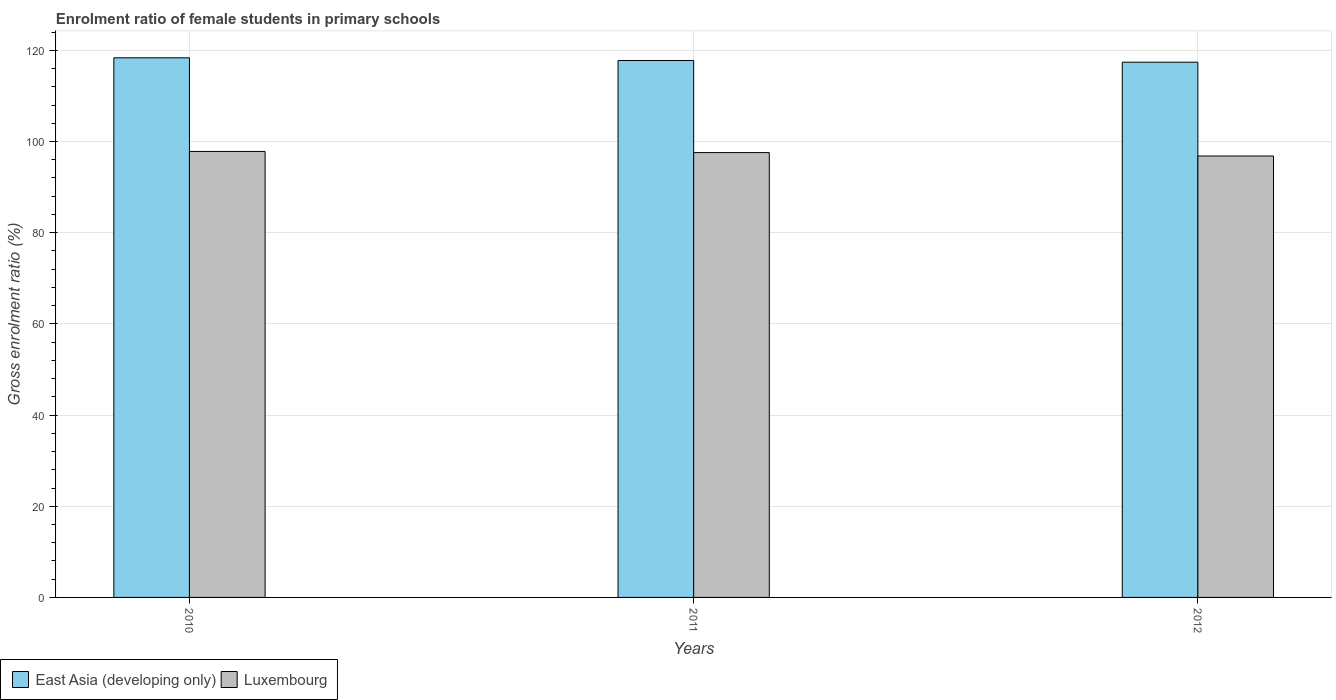
| Years | East Asia (developing only) | Luxembourg |
 | --- | --- | --- |
 | 2010 | 118 | 97.8 |
 | 2011 | 118 | 97.6 |
 | 2012 | 117 | 96.8 |